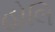
હોલિ